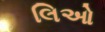
લિઓ